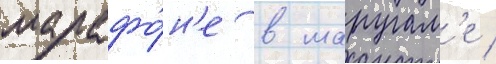
марафо́н'е в маругам'е /